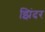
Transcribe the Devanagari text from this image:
झिंदर